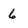
Character: 6